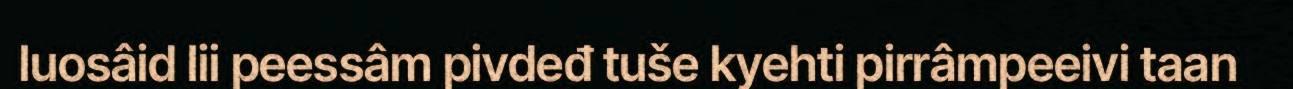
luosâid lii peessâm pivdeđ tuše kyehti pirrâmpeeivi taan